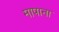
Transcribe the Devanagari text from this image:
मापाना